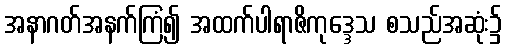
အနာဂတ်အနက်ကြံ၍ အထက်ပါရာဇိကုဒ္ဒေသ စသည်အဆုံး၌